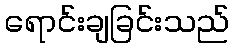
ရောင်းချခြင်းသည်